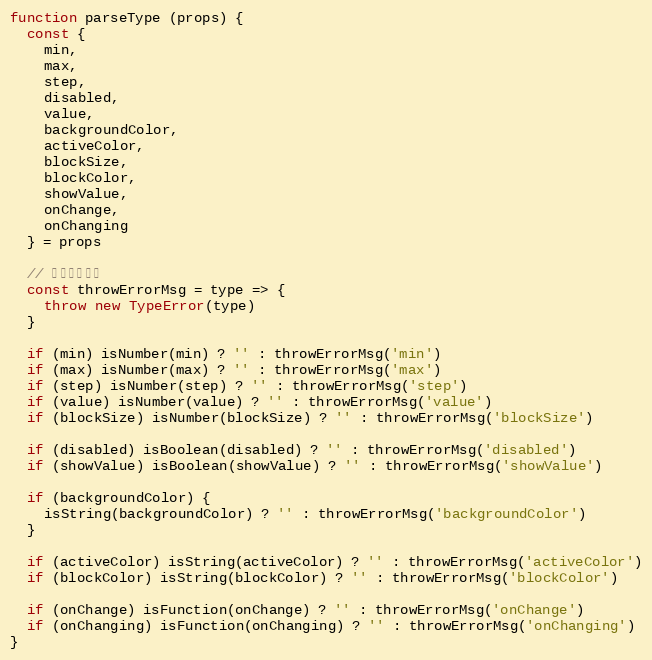
Language: JavaScript
function parseType (props) {
  const {
    min,
    max,
    step,
    disabled,
    value,
    backgroundColor,
    activeColor,
    blockSize,
    blockColor,
    showValue,
    onChange,
    onChanging
  } = props

  // 抛出错误信息
  const throwErrorMsg = type => {
    throw new TypeError(type)
  }

  if (min) isNumber(min) ? '' : throwErrorMsg('min')
  if (max) isNumber(max) ? '' : throwErrorMsg('max')
  if (step) isNumber(step) ? '' : throwErrorMsg('step')
  if (value) isNumber(value) ? '' : throwErrorMsg('value')
  if (blockSize) isNumber(blockSize) ? '' : throwErrorMsg('blockSize')

  if (disabled) isBoolean(disabled) ? '' : throwErrorMsg('disabled')
  if (showValue) isBoolean(showValue) ? '' : throwErrorMsg('showValue')

  if (backgroundColor) {
    isString(backgroundColor) ? '' : throwErrorMsg('backgroundColor')
  }

  if (activeColor) isString(activeColor) ? '' : throwErrorMsg('activeColor')
  if (blockColor) isString(blockColor) ? '' : throwErrorMsg('blockColor')

  if (onChange) isFunction(onChange) ? '' : throwErrorMsg('onChange')
  if (onChanging) isFunction(onChanging) ? '' : throwErrorMsg('onChanging')
}